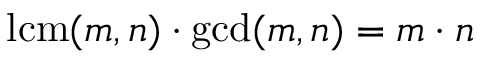
\operatorname { l c m } ( m , n ) \cdot \gcd ( m , n ) = m \cdot n